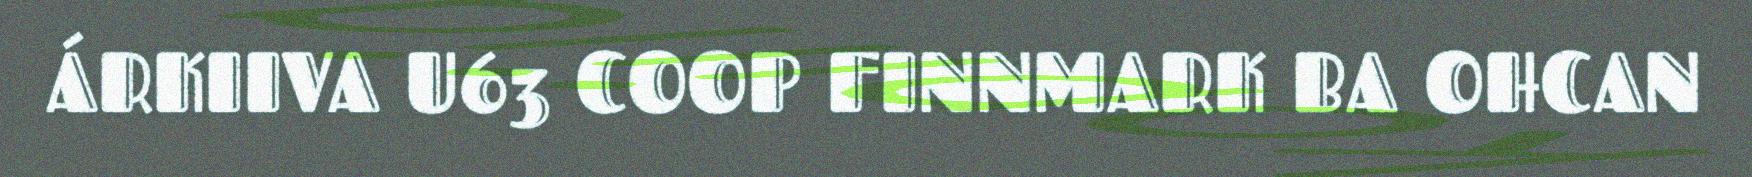
ÁRKIIVA U63 COOP FINNMARK BA OHCAN